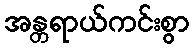
အန္တရာယ်ကင်းစွာ